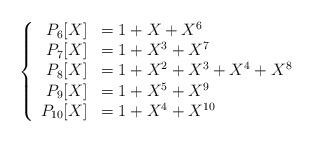
LaTeX: \begin{align*}\left\{ \begin{array}{rll}P_{6}[X] &= 1 + X + X^6 \\P_{7}[X] &= 1 + X^3 + X^7 \\P_{8}[X] &= 1 + X^2 + X^3 + X^4 + X^8 \\P_{9}[X] &= 1 + X^5 + X^9 \\P_{10}[X] &= 1 + X^4 + X^{10} \\ \end{array}\right.\end{align*}